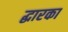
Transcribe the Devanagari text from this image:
द्धारका